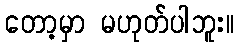
တော့မှာ မဟုတ်ပါဘူး။